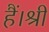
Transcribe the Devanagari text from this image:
हैं।श्री